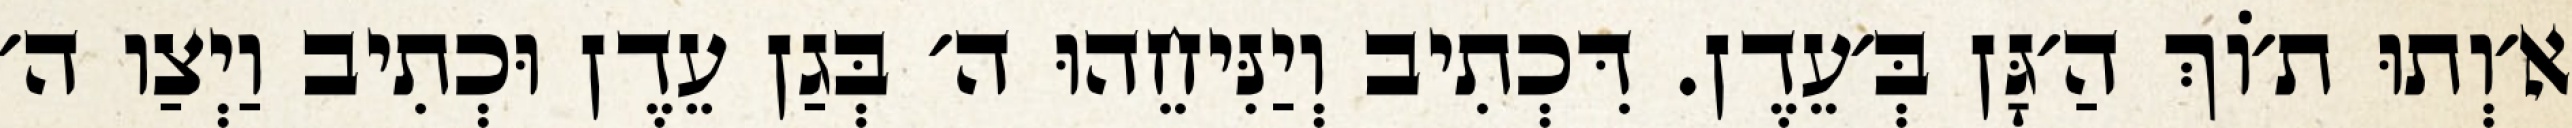
א׳וְתוּ ת׳וֹךְ הַ׳גָּן בְּ׳עֵדֶן. דִּכְתִיב וְיַנִּיחֵהוּ ה׳ בְּגַן עֵדֶן וּכְתִיב וַיְצַו ה׳